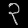
Digit: ၃